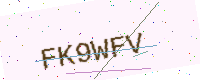
Text: FK9WFV